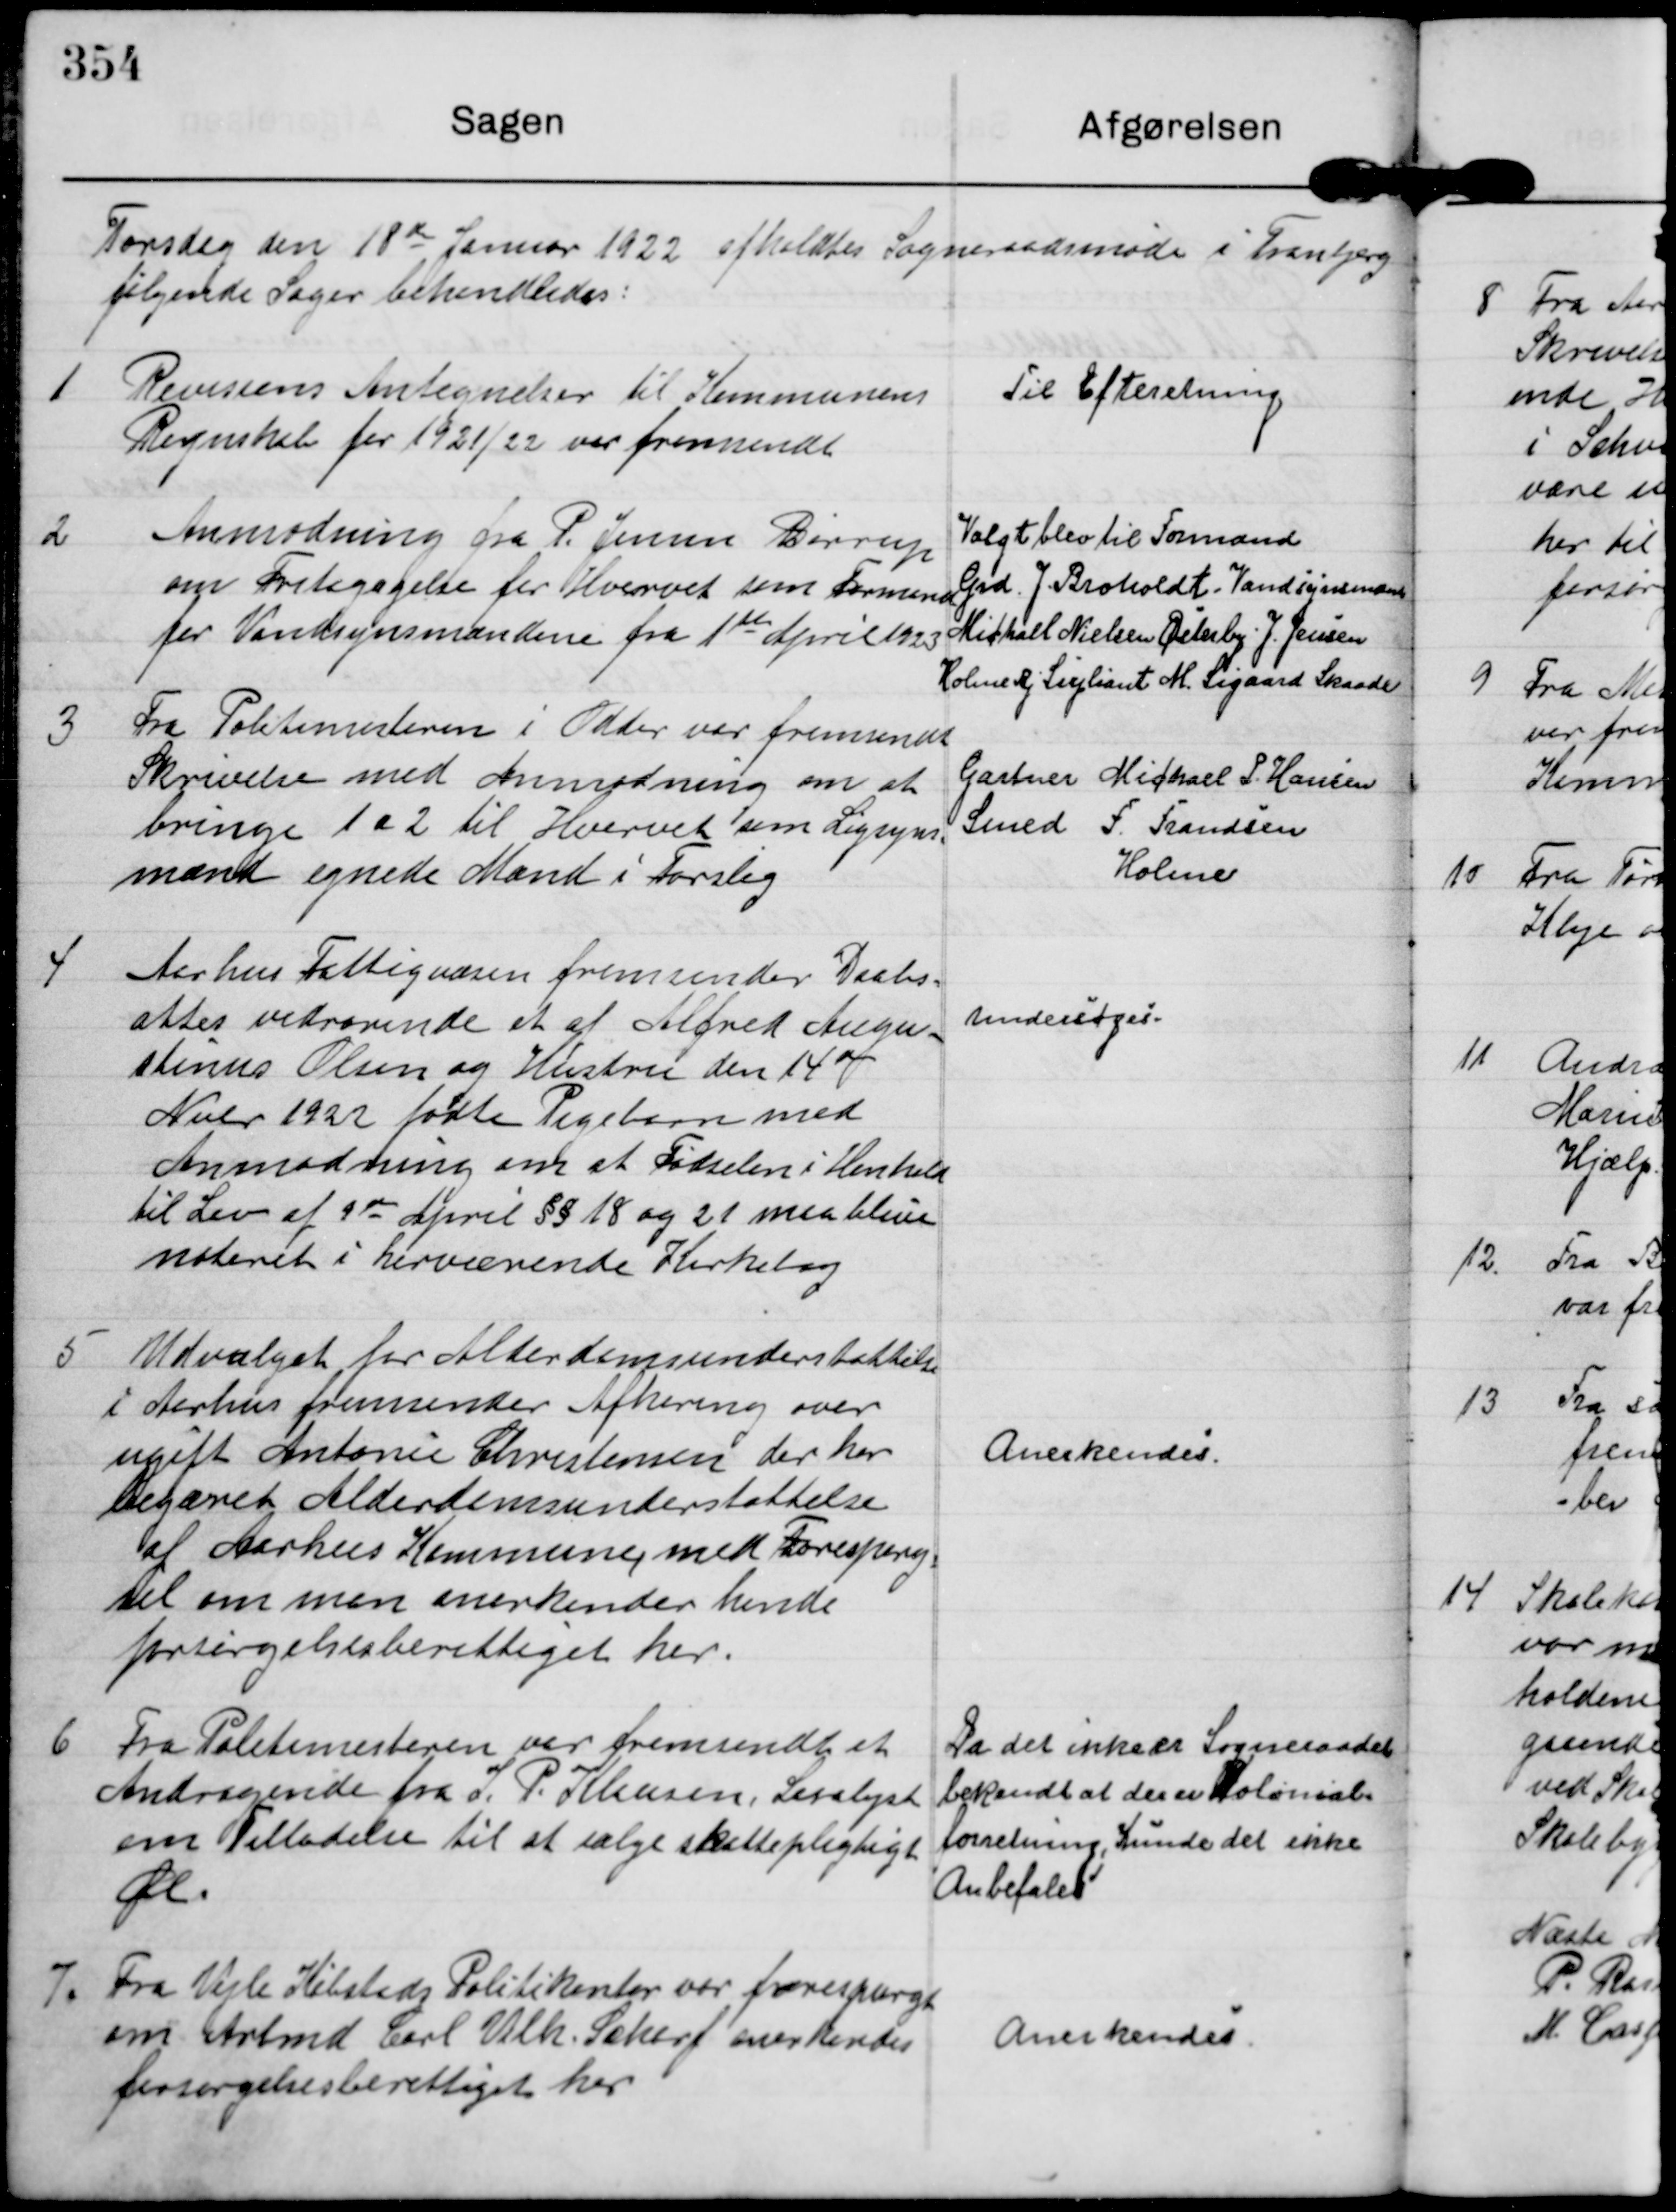
Transskription:
Torsdag den 18de Januar 1922 afholdtes Sogneraadsmøde i Tranbjerg
følgende Sager behandledes:

1

Revisions Antegnelser til Kommunens
Regnskab for 1921/22 var fremsendt

Til Efteretning

2

Anmodning fra P. Jensen Børrup
om Fritagagelse for Hvervet som Formand
for Vandsynsmændene fra 1ste April 1923

Valgt blev til Formand
Grd. J. Broholdt. Vandsynsmand
Michael Nielsen Østerby. J. Jensen
Holme By Supliant M. Sigaard Skaade

3

Fra Politimesteren i Odder var fremsendt
Skrivelse med Anmodning om at
bringe 1 a 2 til Hvervet som Ligsyns-
mænd egnede Mænd i Forslag

Gartner Michael P. Hansen
Smed F. Frandsen
Holme

4

Aarhus Fattigvæsen fremsender Daabs-
attes vedrørende et af Alfred Augu-
stinus Olsen og Hustru den 14de
Nvbr 1922 fødte Pigebarn med
Anmodning om at Fødselen i Henhold
til Lov af 9de April §§ 18 og 21 maa blive
noteret i herværende Kirkebog

undersøges.

5 Udvalget for Alderdomsunderstøttelse
i Aarhus fremsender Afhøring over
ugift Antonie Christensen der har
begæret Alderdomsunderstøttelse
af Aarhus Kommune med Forespørg-
sel om man anerkender hende
forsørgelsesberettiget her.

Anerkendes.

6 Fra Politimesteren ver fremsendt et
Andragende fra J. P. Klausen, Saralyst
om Tilladelse til at sælge skattepligtige
Øl.

Da det ikke er Sogneraadet
bekendt at der er Kolonial-
forretning, Kunde det ikke
Anbefales

7. Fra Vele Købstads Politikontor var forespurgt
om Arbmd Carl Vilh. Scherf anerkendes
forsørgelsesberettiget her.

Anerkendes.